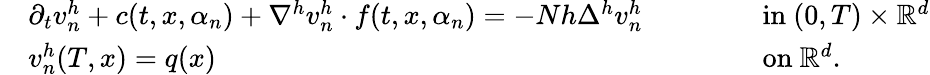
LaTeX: \begin{array}{rlrl}&{\partial_{t}v_{n}^{h}+c(t,x,\alpha_{n})+\nabla^{h}v_{n}^{h}\cdot f(t,x,\alpha_{n})=-Nh\Delta^{h}v_{n}^{h}\qquad}&&{\mathrm{~in~}(0,T)\times{\mathbb{R}}^{d}}\\ &{v_{n}^{h}(T,x)=q(x)\qquad}&&{\mathrm{~on~}{\mathbb{R}}^{d}.}\end{array}